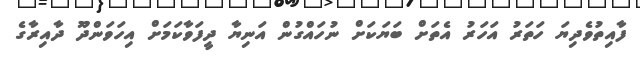
ފާއިތުވެދިޔަ ހަތަރު އަހަރު އެތަށް ބަޔަކަށް ނުހައްގުން އަނިޔާ ދީފަވާކަމަށް އިހަވަންދޫ ދާއިރާގެ